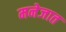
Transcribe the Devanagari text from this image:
मनेजात